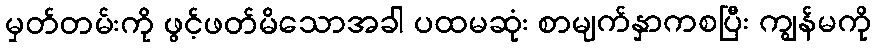
မှတ်တမ်းကို ဖွင့်ဖတ်မိသောအခါ ပထမဆုံး စာမျက်နှာကစပြီး ကျွန်မကို